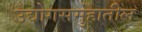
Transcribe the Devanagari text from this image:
उद्योगसमुहातील